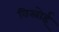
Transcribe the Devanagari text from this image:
विस्रोई